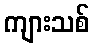
ကျားသစ်